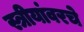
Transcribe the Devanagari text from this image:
स्त्रीयांवरचे